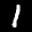
Label: 1